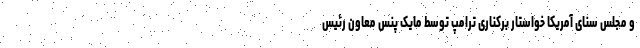
و مجلس سنای آمریکا خواستار برکناری ترامپ توسط مایک پنس معاون رئیس